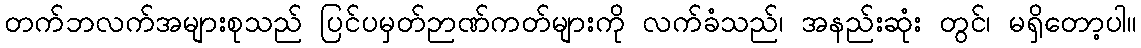
တက်ဘလက်အများစုသည် ပြင်ပမှတ်ဉာဏ်ကတ်များကို လက်ခံသည်၊ အနည်းဆုံး တွင်၊ မရှိတော့ပါ။